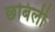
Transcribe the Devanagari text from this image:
छबिली